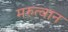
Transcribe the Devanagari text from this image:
मरुत्वान